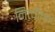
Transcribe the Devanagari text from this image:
नित्चीच्या